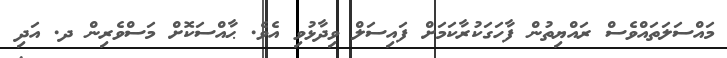
މައްސަލަތައްވެސް ރައްޔިތުން ފާހަގަކުރާކަމަށް ފައިސަލް ވިދާޅުވި އެވެ. ޙާއްސަކޮށް މަސްވެރިން ދ. އަދި